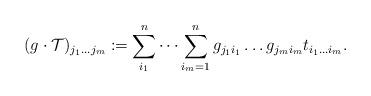
LaTeX: \begin{align*}(g\cdot\mathcal T)_{j_1\dots j_m}:=\sum_{i_1}^n\dots\sum_{i_m=1}^ng_{j_1i_1}\dots g_{j_mi_m}t_{i_1\dots i_m}.\end{align*}